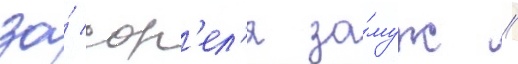
за́ сор'ел'я за́муж //